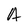
Character: A